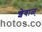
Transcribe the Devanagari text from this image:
शेवाळ्